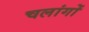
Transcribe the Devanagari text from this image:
चलांगों